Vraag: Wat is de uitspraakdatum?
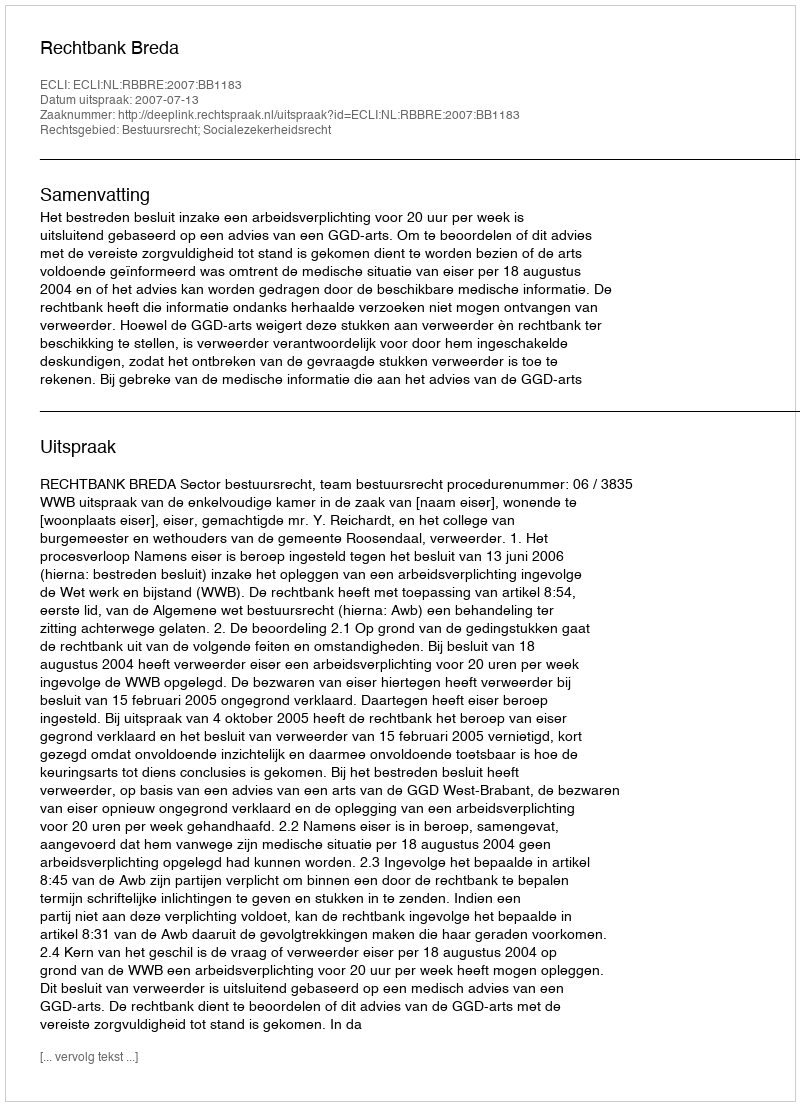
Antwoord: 2007-07-13